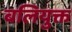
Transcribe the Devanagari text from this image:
बलियुक्त